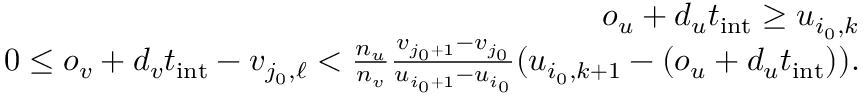
\begin{array} { r } { o _ { u } + d _ { u } t _ { \mathrm { i n t } } \ge u _ { i _ { 0 } , k } } \\ { 0 \leq o _ { v } + d _ { v } t _ { \mathrm { i n t } } - v _ { j _ { 0 } , \ell } < \frac { n _ { u } } { n _ { v } } \frac { v _ { j _ { 0 } + 1 } - v _ { j _ { 0 } } } { u _ { i _ { 0 } + 1 } - u _ { i _ { 0 } } } ( u _ { i _ { 0 } , k + 1 } - ( o _ { u } + d _ { u } t _ { \mathrm { i n t } } ) ) . } \end{array}